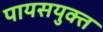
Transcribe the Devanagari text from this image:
पायसयुक्त